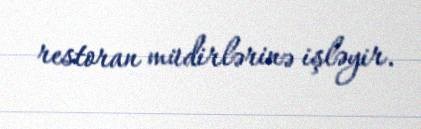
restoran müdirlərinə işləyir.